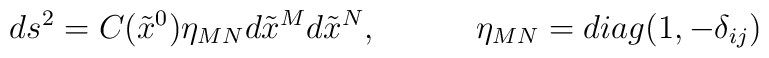
ds^2=C(\tilde{x}^0) \eta_{MN}d\tilde{x}^Md\tilde{x}^N,~~~~~~~~~ \eta_{MN}= diag(1, -\delta_{ij})